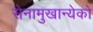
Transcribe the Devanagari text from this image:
सेनामुखान्येको